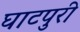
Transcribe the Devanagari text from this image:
घाटपुरी